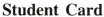
StudentCard